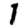
Digit: 1